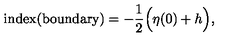
\mathrm { i n d e x ( b o u n d a r y ) } = - \frac { 1 } { 2 } \Big ( \eta ( 0 ) + h \Big ) ,